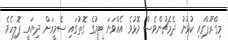
މިގްރޫޕްގައި ކުޅުނު ދެމެޗުންވެސް މޮޅުވެ އެއްވަނަ ޓީމުގެ ގޮތުގައި ސެމީއަށް ދިޔައީ ޕޮލިހެވެ.